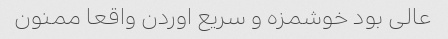
عالی بود خوشمزه و سریع اوردن واقعا ممنون